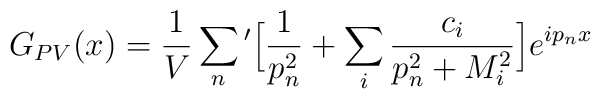
G_{PV} (x) = \frac{1}{V} \sum_{n}{'} \Big[ \frac{1}{p_{n}^{2}} + \sum_{i}\frac{c_{i}}{p_{n}^{2}+M_{i}^{2}} \Big] e^{ip_{n}x}